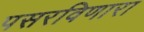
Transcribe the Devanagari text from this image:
पसरविणारा